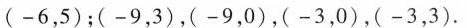
(-6，5)；(-9，3)，-9，0)，(-3，0)，(-3，3).